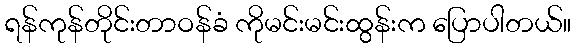
ရန်ကုန်တိုင်းတာဝန်ခံ ကိုမင်းမင်းထွန်းက ပြောပါတယ်။